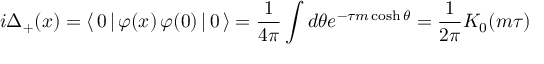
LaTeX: i \Delta _ { + } ( x ) = \langle \, 0 \, | \, \varphi ( x ) \, \varphi ( 0 ) \, | \, 0 \, \rangle = \frac { 1 } { 4 \pi } \int d \theta e ^ { - \tau m \cosh \theta } = \frac { 1 } { 2 \pi } K _ { 0 } ( m \tau )